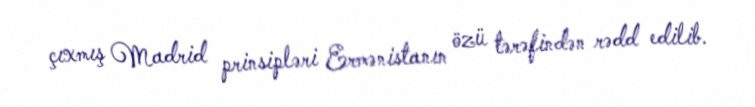
çıxmış Madrid prinsipləri Ermənistanın özü tərəfindən rədd edilib.